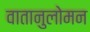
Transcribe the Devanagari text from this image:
वातानुलोमन